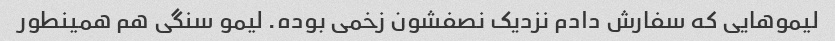
لیموهایی که سفارش دادم نزدیک نصفشون زخمی بوده. لیمو سنگی هم همینطور